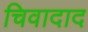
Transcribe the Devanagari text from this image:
चिवादाद